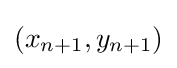
(x_{n+1},y_{n+1})